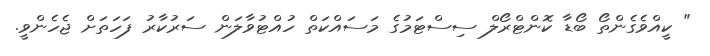
" ކީއްވެގެންތޯ ބޯޑާ ކޮންޓްރޯލް ސިސްޓަމުގެ މަސައްކަތް ހުއްޓުވާލަން ސަރުކާރު ފަހަތަށް ޖެހެންވީ.